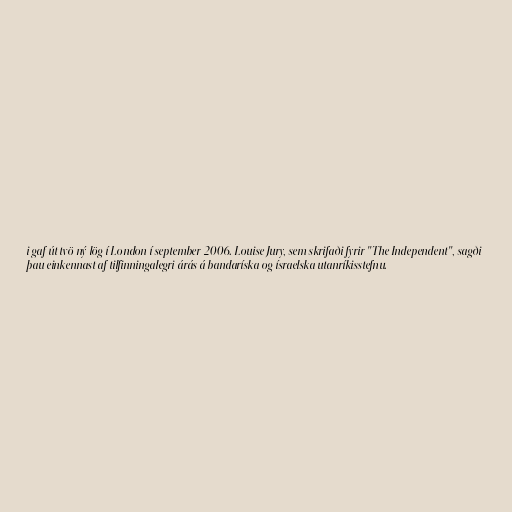
i gaf út tvö ný lög í London í september 2006. Louise Jury, sem skrifaði fyrir "The Independent", sagði
þau einkennast af tilfinningalegri árás á bandaríska og ísraelska utanríkisstefnu.